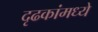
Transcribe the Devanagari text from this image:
दृढकांमध्ये